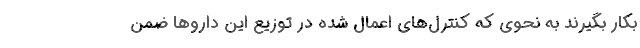
بکار بگیرند به نحوی که کنترل‌های اعمال شده در توزیع این دارو‌ها ضمن